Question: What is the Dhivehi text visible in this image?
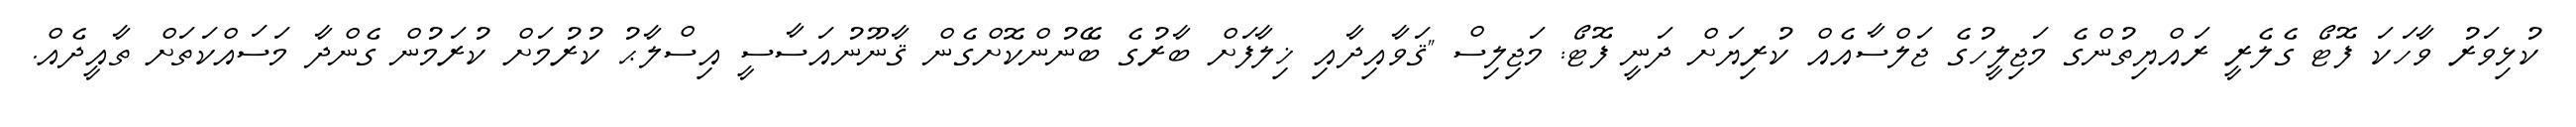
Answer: ކުޅިވަރު ވާހަކަ ފޮޓޯ ގެލެރީ ރައްޔިތުންގެ މަޖިލީހުގެ ޖަލްސާއެއް ކުރިޔަށް ދަނީ ފޮޓޯ: މަޖިލިސް "ޤަވާއިދާއި ޚިލާފަށް ބާރުގެ ބޭނުންކޮށްގެން ޤާނޫނުއަސާސީ އިސްލާޙު ކުރުމަށް ކުރަމުން ގެންދާ މަސައްކަތަށް ތާއީދެއް.